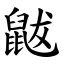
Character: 鼥